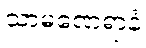
သာမဏေရာနံ